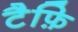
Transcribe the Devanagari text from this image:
टैफ़ि